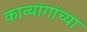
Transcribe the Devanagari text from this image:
काव्यांगांच्या